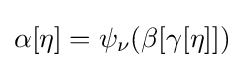
\alpha [\eta ]=\psi _{\nu }(\beta [\gamma [\eta ]])